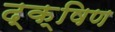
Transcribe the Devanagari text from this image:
द्क्षिण